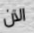
الآن